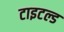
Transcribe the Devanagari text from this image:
टाइटल्ड